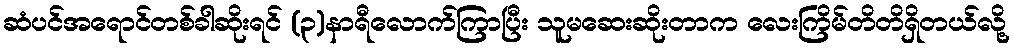
ဆံပင်အရောင်တစ်ခါဆိုးရင် (၃)နာရီလောက်ကြာပြီး သူမဆေးဆိုးတာက လေးကြိမ်တိတိရှိတယ်လို့